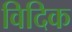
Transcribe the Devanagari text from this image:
विदिक